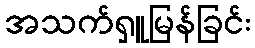
အသက်ရှူမြန်ခြင်း